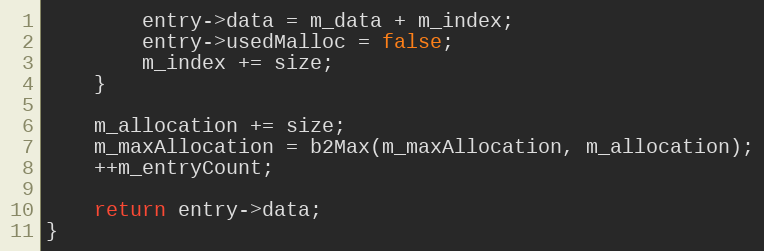
Language: C++
		entry->data = m_data + m_index;
		entry->usedMalloc = false;
		m_index += size;
	}

	m_allocation += size;
	m_maxAllocation = b2Max(m_maxAllocation, m_allocation);
	++m_entryCount;

	return entry->data;
}